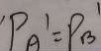
P _ { A } ^ { \prime } = P _ { B } ^ { \prime }